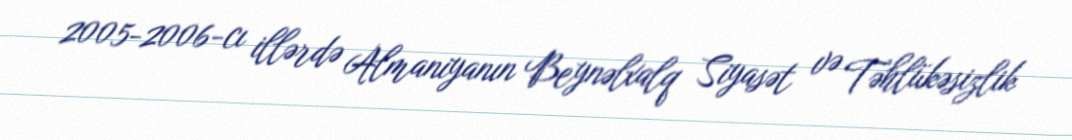
2005-2006-cı illərdə Almaniyanın Beynəlxalq Siyasət və Təhlükəsizlik